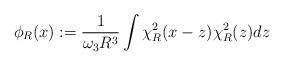
LaTeX: \begin{align*} \phi_R(x):= \frac{1}{\omega_3 R^3} \int \chi^2_R(x-z) \chi^2_R(z) dz \end{align*}